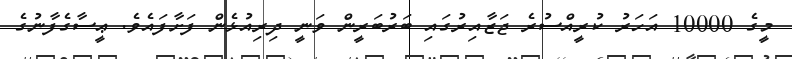
މީގެ 10000 އަހަރު ކުރީއްސުރެ ޖަޒާއިރުގައި ބަރުބަރީން ވަނީ ދިރިއުޅެން ފަށާފައެވެ. ޢީސާގެފާނުގެ